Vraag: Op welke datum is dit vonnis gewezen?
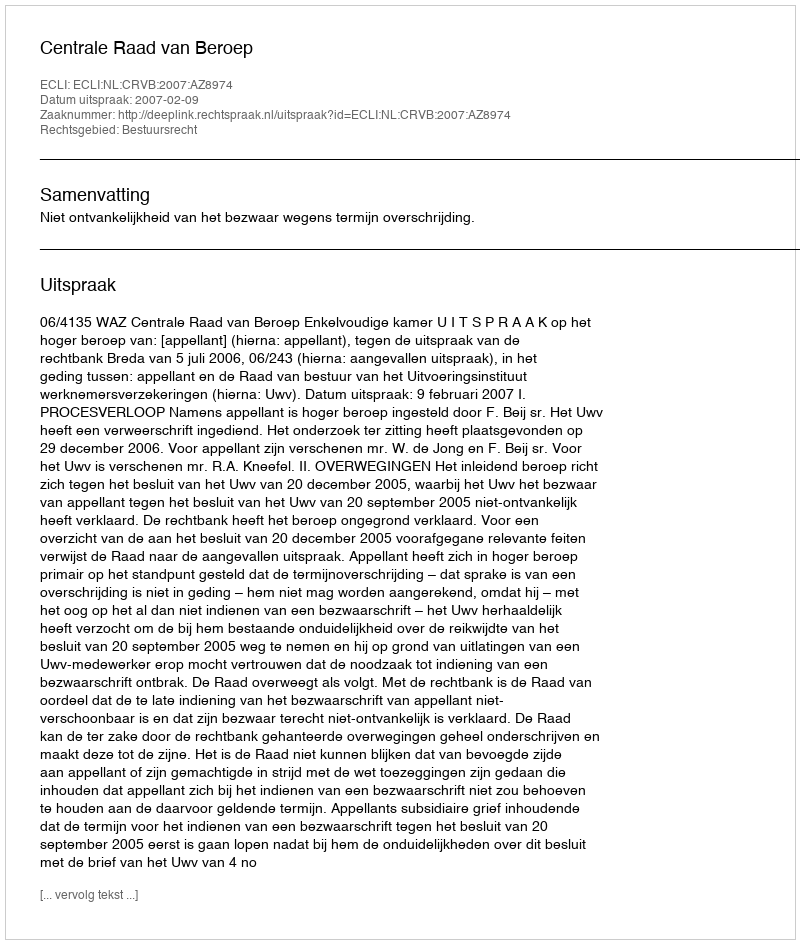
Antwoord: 2007-02-09